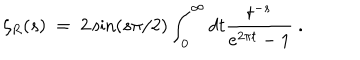
\zeta _ { R } ( s ) \ = \ 2 \sin ( s \pi / 2 ) \int _ { 0 } ^ { \infty } d t \frac { t ^ { - s } } { e ^ { 2 \pi t } - 1 } \ .